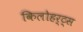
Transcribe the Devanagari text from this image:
किलोहर्ट्स